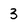
Character: 3